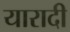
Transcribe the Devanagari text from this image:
यारादी